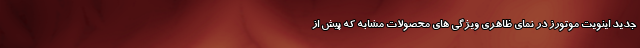
جدید اینویت موتورز در نمای ظاهری ویژگی های محصولات مشابه که پیش از